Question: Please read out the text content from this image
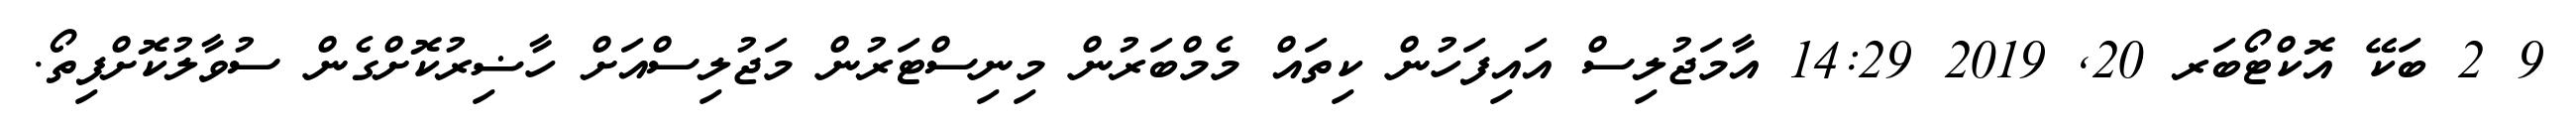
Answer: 9 2 ބަކޭ އޮކްޓޯބަރ 20, 2019 14:29 އާމަޖުލިސް އައިފަހުން ކިތައް މެމްބަރުން މިނިސްޓަރުން މަޖުލިސްއަށް ހާޟިރުކޮށްގެން ސުވާލުކޮށްފިތޯ.